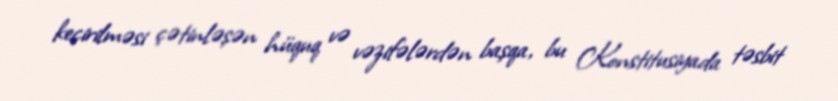
keçirilməsi çətinləşən hüquq və vəzifələrdən başqa, bu Konstitusiyada təsbit